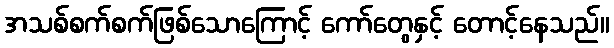
အသစ်စက်စက်ဖြစ်သောကြောင့် ကော်တွေနှင့် တောင့်နေသည်။